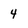
Character: 4